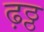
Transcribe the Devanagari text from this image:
ढ़ठ्ठ